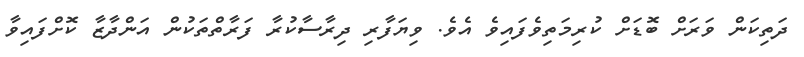
ދަތިކަން ވަރަށް ބޮޑަށް ކުރިމަތިވެފައިވެ އެވެ. ވިޔަފާރި ދިރާސާކުރާ ފަރާތްތަކުން އަންދާޒާ ކޮށްފައިވާ